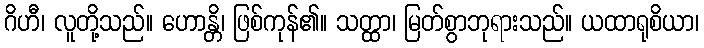
ဂိဟီ၊ လူတို့သည်။ ဟောန္တိ၊ ဖြစ်ကုန်၏။ သတ္ထာ၊ မြတ်စွာဘုရားသည်။ ယထာရုစိယာ၊